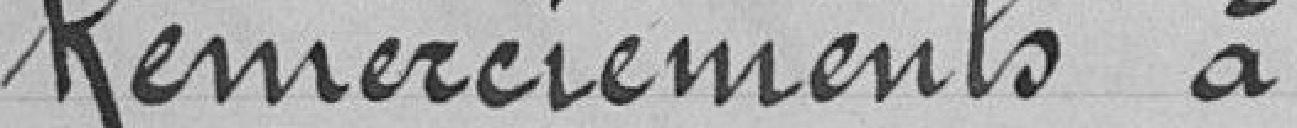
Remerciements à